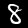
Label: 8